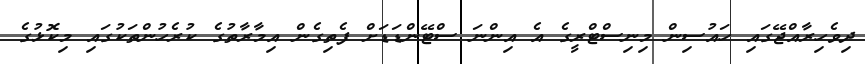
ދިވެހިރާއްޖޭގައި ހައުސިން މިނިސްޓްރީގެ އެ އިންނަ ސްޓޭންޑަޑަށް ފެތިގެން އިމާރާތުގެ ކުރެހުންތަކުގައި މިކޮޅުގެ